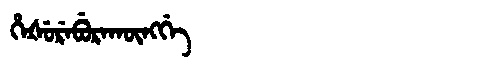
Manchu: ᡥᡝᡧᡠᡵᡝᠪᡠᡵᠠᡴᡡᠩᡤᡝ
Romanization: HEŠUREBURAKŪNGGE